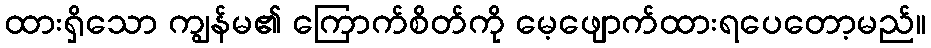
ထားရှိသော ကျွန်မ၏ ကြောက်စိတ်ကို မေ့ဖျောက်ထားရပေတော့မည်။